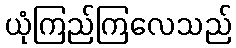
ယုံကြည်ကြလေသည်